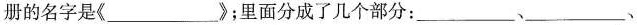
册的名字是《___》；里面分成了几个部分:___、___、